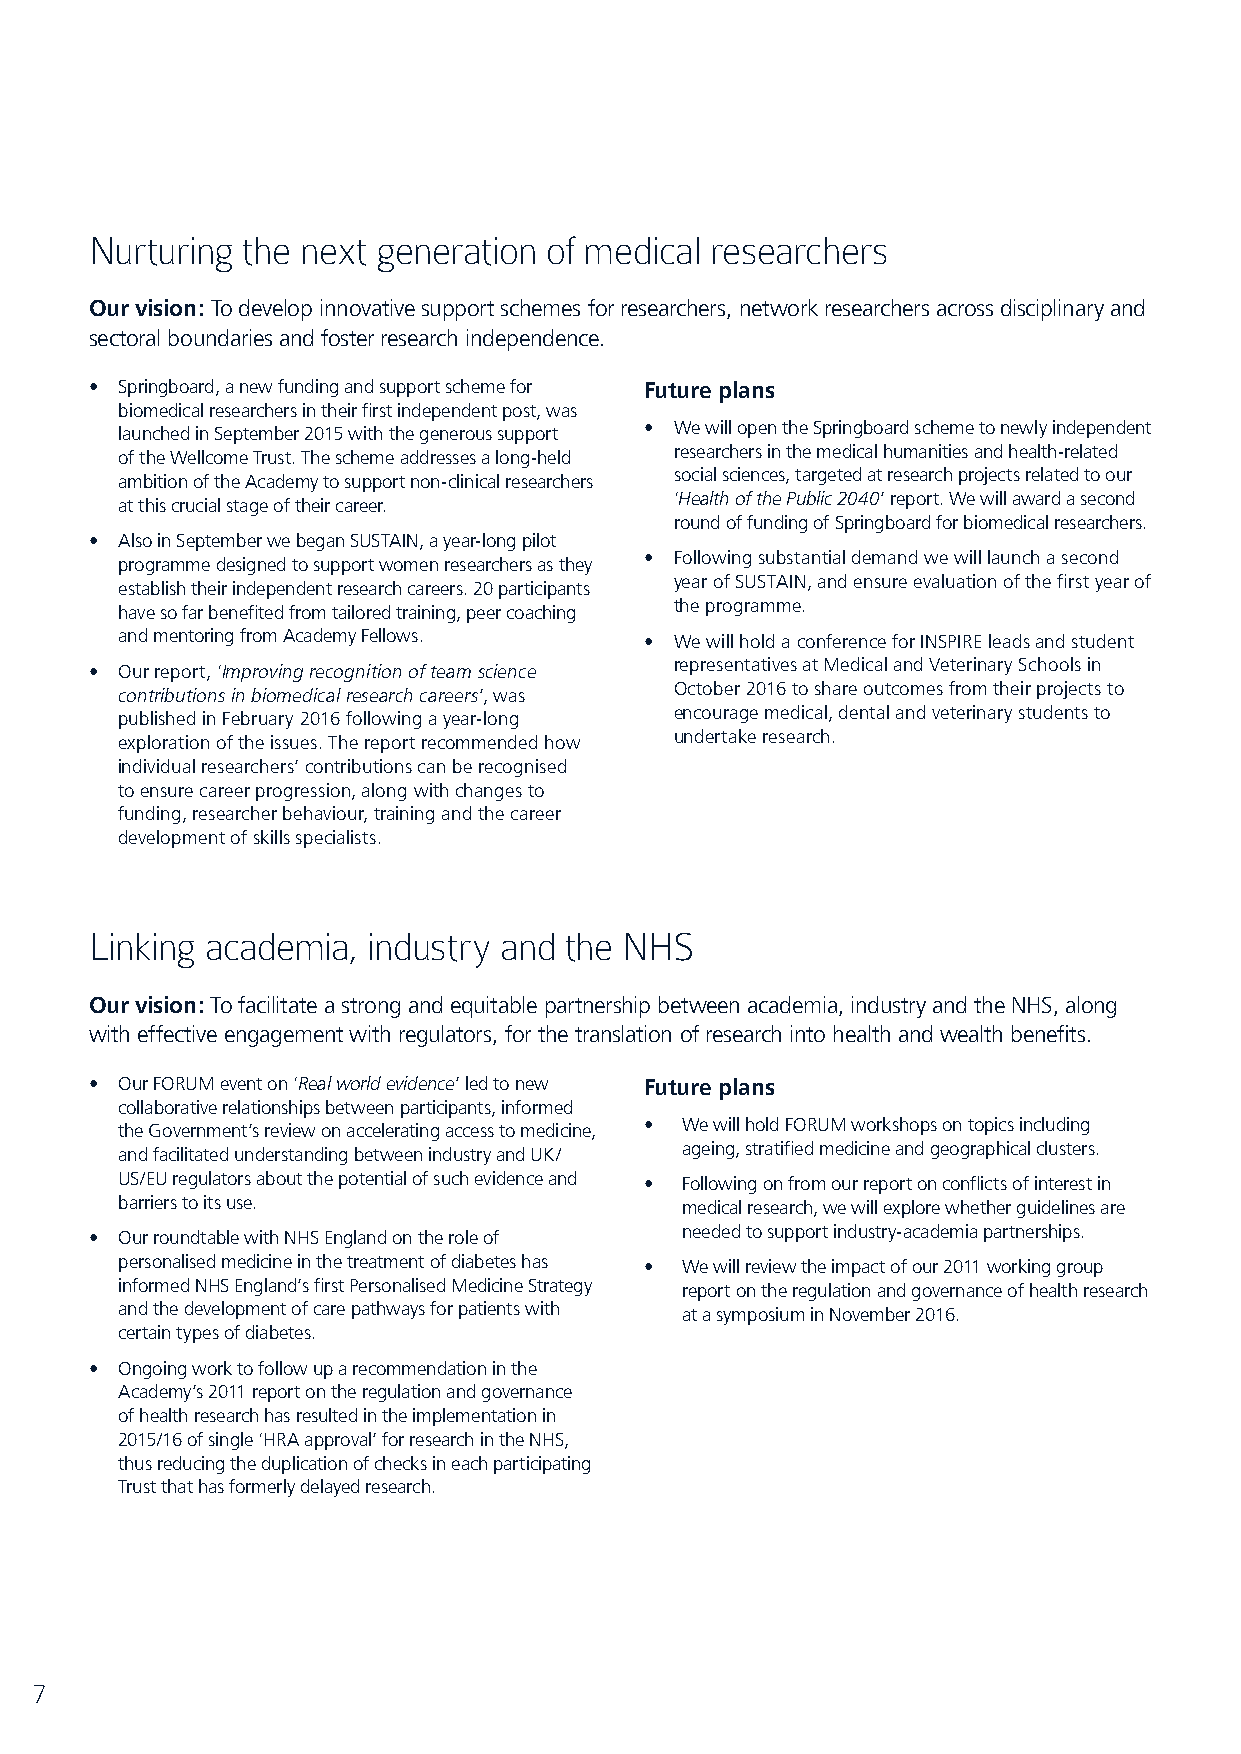
Nurturing the next generation of medical researchers
 Our vision: To develop innovative support schemes for researchers, network researchers across disciplinary and
 sectoral boundaries and foster research independence.
 • Springboard, a new funding and support scheme for Future plans
 biomedical researchers in their first independent post, was
 • We will open the Springboard scheme to newly independent
 launched in September 2015 with the generous support
 researchers in the medical humanities and health-related
 of the Wellcome Trust. The scheme addresses a long-held
 social sciences, targeted at research projects related to our
 ambition of the Academy to support non-clinical researchers
 ‘Health of the Public 2040’ report. We will award a second
 at this crucial stage of their career.
 round of funding of Springboard for biomedical researchers.
 • Also in September we began SUSTAIN, a year-long pilot
 • Following substantial demand we will launch a second
 programme designed to support women researchers as they
 year of SUSTAIN, and ensure evaluation of the first year of
 establish their independent research careers. 20 participants
 the programme.
 have so far benefited from tailored training, peer coaching
 and mentoring from Academy Fellows. • We will hold a conference for INSPIRE leads and student
 representatives at Medical and Veterinary Schools in
 • Our report, ‘Improving recognition of team science
 October 2016 to share outcomes from their projects to
 contributions in biomedical research careers’, was
 encourage medical, dental and veterinary students to
 published in February 2016 following a year-long
 undertake research.
 exploration of the issues. The report recommended how
 individual researchers’ contributions can be recognised
 to ensure career progression, along with changes to
 funding, researcher behaviour, training and the career
 development of skills specialists.
 Linking academia, industry and the NHS
 Our vision: To facilitate a strong and equitable partnership between academia, industry and the NHS, along
 with effective engagement with regulators, for the translation of research into health and wealth benefits.
 • Our FORUM event on ‘Real world evidence’ led to new Future plans
 collaborative relationships between participants, informed
 • We will hold FORUM workshops on topics including
 the Government’s review on accelerating access to medicine,
 ageing, stratified medicine and geographical clusters.
 and facilitated understanding between industry and UK/
 US/EU regulators about the potential of such evidence and • Following on from our report on conflicts of interest in
 barriers to its use.                 medical research, we will explore whether guidelines are
 needed to support industry-academia partnerships.
 • Our roundtable with NHS England on the role of
 personalised medicine in the treatment of diabetes has • We will review the impact of our 2011 working group
 informed NHS England’s first Personalised Medicine Strategy report on the regulation and governance of health research
 and the development of care pathways for patients with at a symposium in November 2016.
 certain types of diabetes.
 • Ongoing work to follow up a recommendation in the
 Academy’s 2011 report on the regulation and governance
 of health research has resulted in the implementation in
 2015/16 of single ‘HRA approval’ for research in the NHS,
 thus reducing the duplication of checks in each participating
 Trust that has formerly delayed research.
 7